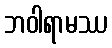
ဘဝါရာမဿ